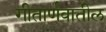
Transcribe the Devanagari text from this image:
गीतार्णवातील